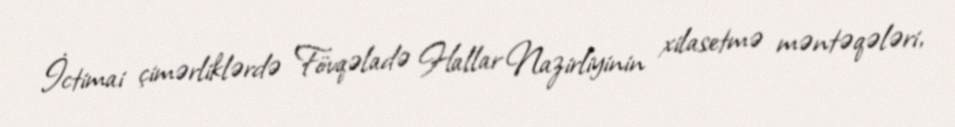
İctimai çimərliklərdə Fövqəladə Hallar Nazirliyinin xilasetmə məntəqələri,